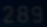
289